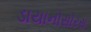
ડાયાનોસોરસ